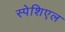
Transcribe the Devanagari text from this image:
स्पेशिएल